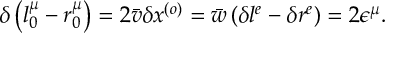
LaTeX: \delta \left( l _ { 0 } ^ { \mu } - r _ { 0 } ^ { \mu } \right) = 2 \bar { v } \delta x ^ { \left( o \right) } = \bar { w } \left( \delta l ^ { e } - \delta r ^ { e } \right) = 2 \epsilon ^ { \mu } .